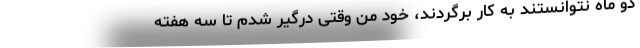
دو ماه نتوانستند به کار برگردند، خود من وقتی درگیر شدم تا سه هفته